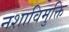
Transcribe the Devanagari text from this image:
नशाविमुक्ति